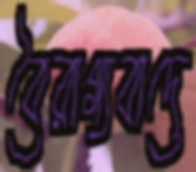
বৈরাগ্যবাদে